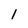
Character: 1